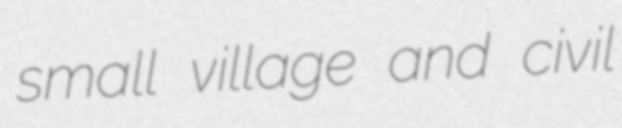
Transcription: small village and civil